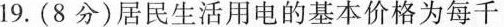
19.(8分)居民生活用电的基本价格为每千